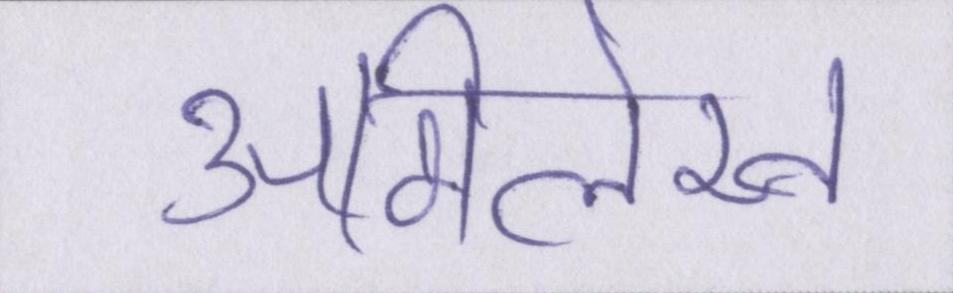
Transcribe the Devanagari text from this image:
अभिलेख